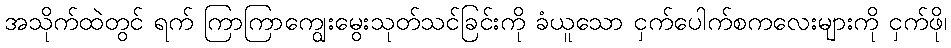
အသိုက်ထဲတွင် ရက် ကြာကြာကျွေးမွေးသုတ်သင်ခြင်းကို ခံယူသော ငှက်ပေါက်စကလေးများကို ငှက်ဖို၊